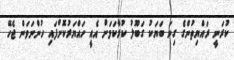
ކުރަނީ ރައްޔިތުންގެ ގިނަ ބަޔަކު ގަބޫލު ކުރާކަމަށް އެއީ ހައްޔަރުކޮށްފައި ހުންނަވަން ޖެހޭ